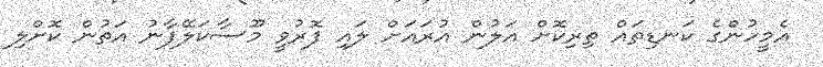
އެމީހުންގެ ކަނޑިތައް ތިރިކޮށް އަލުން އުރައަށް ލައި ފޮރުވީ މޫސާކަލޭފާނު އަތުން ކޮށްލި